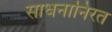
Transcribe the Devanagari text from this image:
साधनानिरत